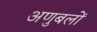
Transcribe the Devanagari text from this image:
अणुबलों